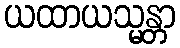
ယထာယသ္မန္တာ